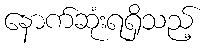
နောက်ဆုံးရရှိသည့်